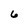
Character: 6